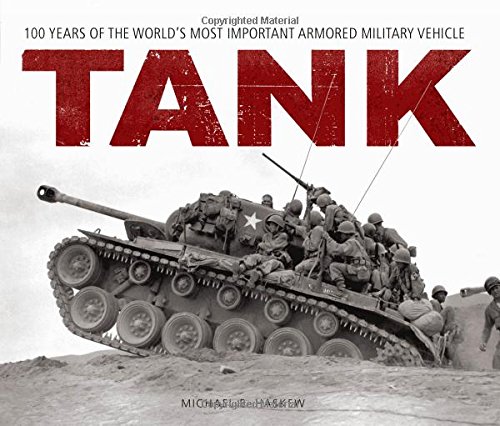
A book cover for Tank: 100 Years of the World's Most Important Armored Military Vehicle; Michael E. Haskew; History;